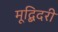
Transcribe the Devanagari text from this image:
मूद्बिदरी